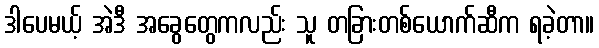
ဒါပေမယ့် အဲဒီ အခွေတွေကလည်း သူ တခြားတစ်ယောက်ဆီက ရခဲ့တာ။